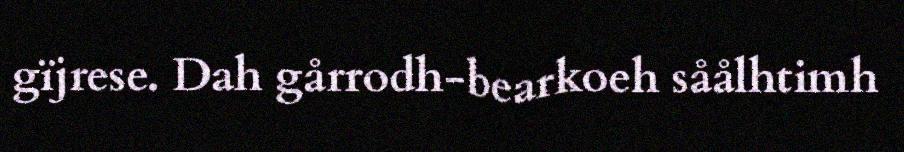
gïjrese. Dah gårrodh-bearkoeh såålhtimh